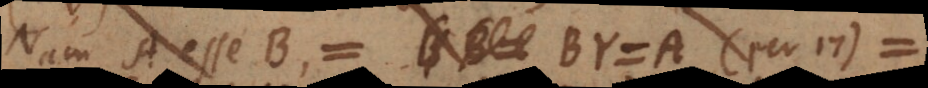
Nam A esse B = BY = A (per 17) =